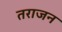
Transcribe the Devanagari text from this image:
तराजन